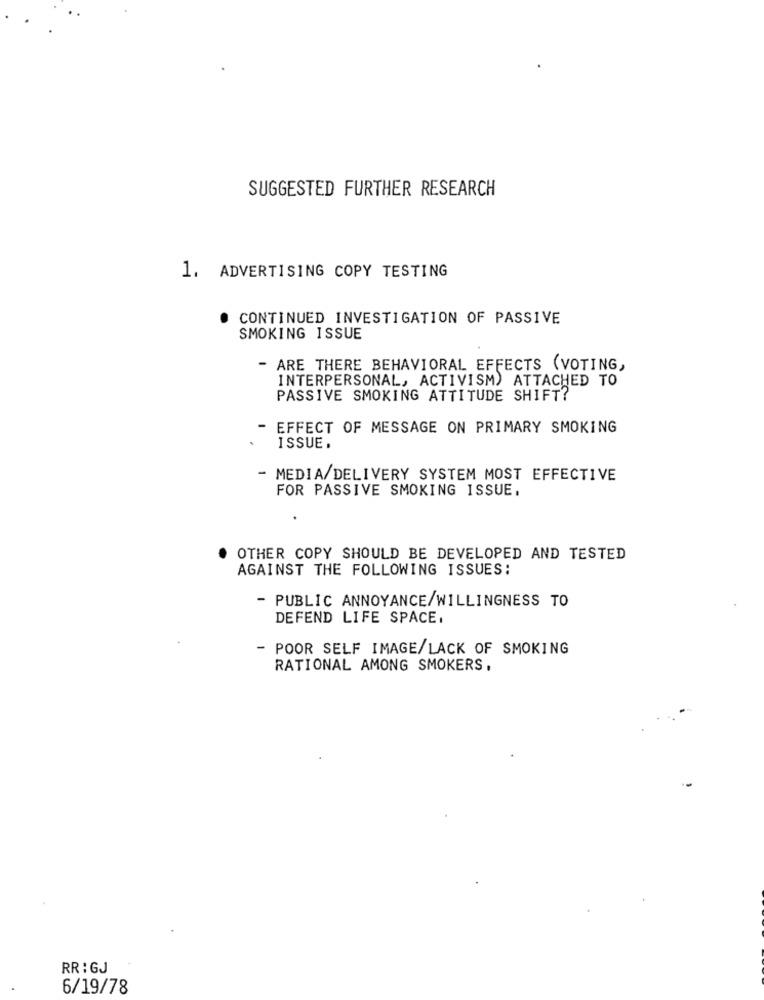
SUGGESTED FURTHER RESEARCH
1. ADVERTISING COPY TESTING
CONTINUED INVESTIGATION OF PASSIVE
SMOKING ISSUE
- ARE THERE BEHAVIORAL EFFECTS (VOTING,
INTERPERSONAL, ACTIVISM) ATTACHED TO
PASSIVE SMOKING ATTITUDE SHIFT?
EFFECT OF MESSAGE ON PRIMARY SMOKING
ISSUE.
- MEDIA/DELIVERY SYSTEM MOST EFFECTIVE
FOR PASSIVE SMOKING ISSUE.
OTHER COPY SHOULD BE DEVELOPED AND TESTED
AGAINST THE FOLLOWING ISSUES:
- PUBLIC ANNOYANCE/WILLINGNESS TO
DEFEND LIFE SPACE.
- POOR SELF IMAGE/LACK OF SMOKING
RATIONAL AMONG SMOKERS .
RR : GJ
6/19/78